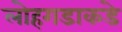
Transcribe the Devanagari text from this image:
लोहगडाकडे